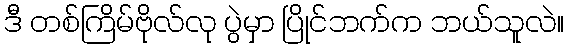
ဒီ တစ်ကြိမ်ဗိုလ်လု ပွဲမှာ ပြိုင်ဘက်က ဘယ်သူလဲ။